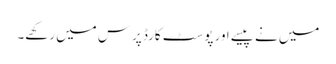
میں نے پیسے اور پوسٹ کارڈ پرس میں رکھے۔